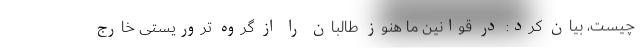
چیست، بیان کرد: در قوانین ما هنوز طالبان را از گروه تروریستی خارج